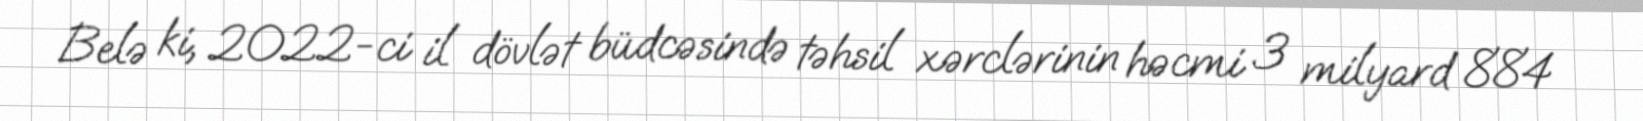
Belə ki, 2022-ci il dövlət büdcəsində təhsil xərclərinin həcmi 3 milyard 884